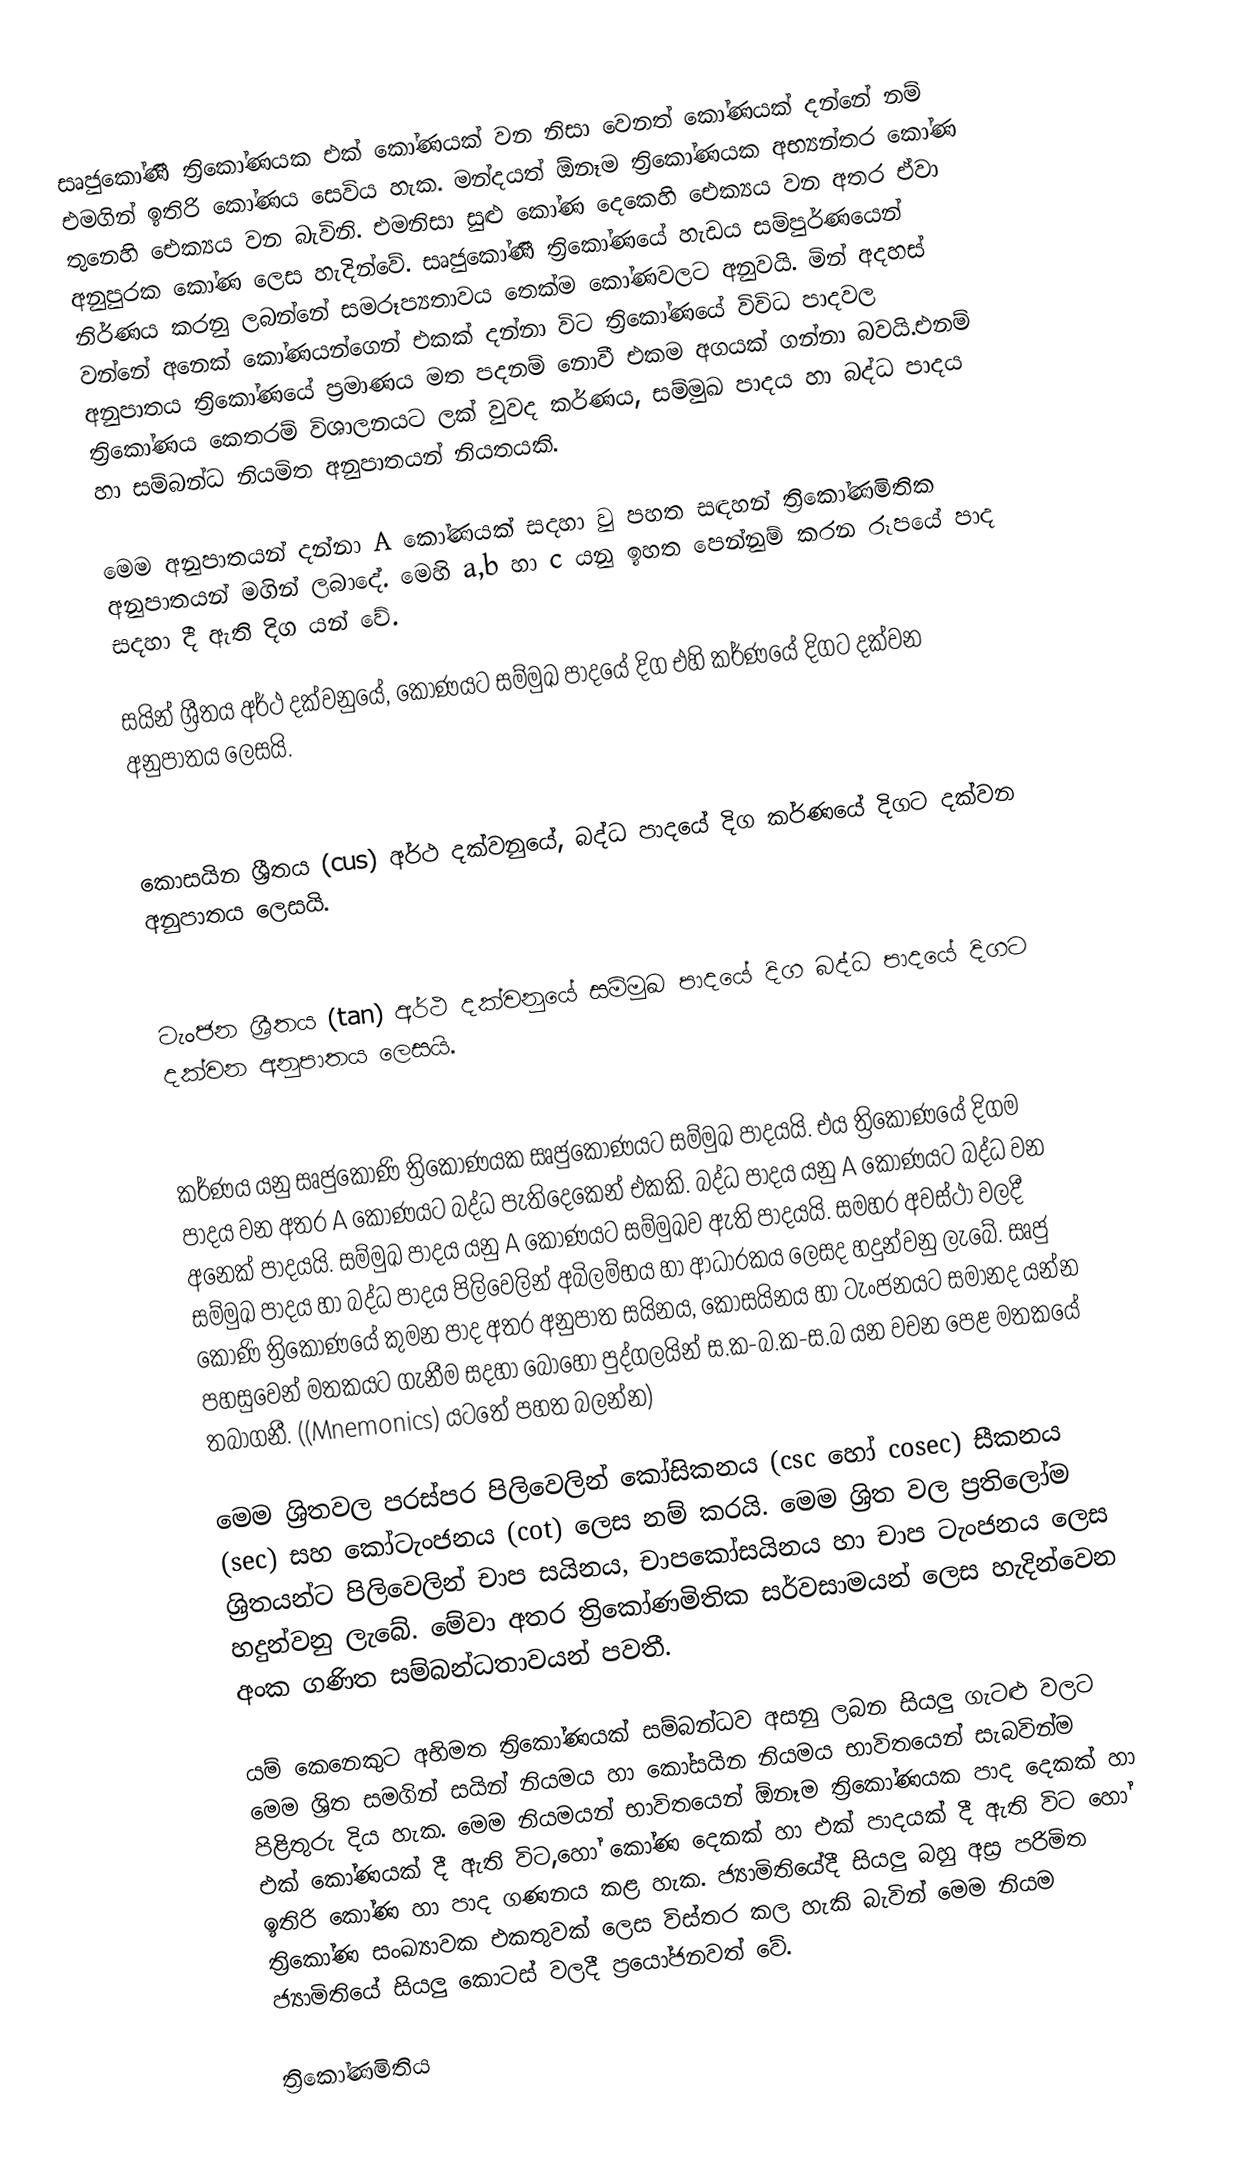
සෘජුකෝණී ත්‍රිකෝණයක එක් කෝණයක්  වන නිසා වෙනත් කෝණයක් දන්නේ නම් එමගින් ඉතිරි කෝණය සෙවිය හැක. මන්දයත් ඕනෑම ත්‍රිකෝණයක අභ්‍යන්තර කෝණ තුනෙහි ඓක්‍යය  වන බැවිනි. එමනිසා සුළු කෝණ දෙකෙහි ඓක්‍යය  වන අතර ඒවා අනුපුරක කෝණ ලෙස හැදින්වේ. සෘජුකෝණී ත්‍රිකෝණයේ හැඩය සම්පුර්ණයෙන් නිර්ණය කරනු ලබන්නේ සමරූප්‍යතාවය තෙක්ම කෝණවලට  අනුවයි. මින් අදහස් වන්නේ අනෙක් කෝණයන්ගෙන් එකක් දන්නා විට ත්‍රිකෝණයේ විවිධ පාදවල අනුපාතය ත්‍රිකෝණයේ ප්‍රමාණය මත පදනම් නොවී එකම අගයක් ගන්නා බවයි.එනම් ත්‍රිකෝණය කෙතරම් විශාලනයට ලක් වුවද කර්ණය, සම්මුඛ පාදය හා බද්ධ පාදය හා සම්බන්ධ නියමිත අනුපාතයන් නියතයකි.

මෙම අනුපාතයන් දන්නා A කෝණයක් සදහා වු පහත සඳහන් ත්‍රිකෝණමිතික අනුපාතයන් මගින් ලබාදේ. මෙහි a,b හා c යනු ඉහත පෙන්නුම් කරන රූපයේ පාද සදහා දී ඇති දිග යන් වේ.

 සයින් ශ්‍රීතය අර්ථ දක්වනුයේ, කෝණයට සම්මුඛ පාදයේ දිග එහි කර්ණයේ දිගට දක්වන අනුපාතය ලෙසයි.

 කොසයින ශ්‍රීතය (cus) අර්ථ දක්වනුයේ, බද්ධ පාදයේ දිග කර්ණයේ දිගට දක්වන අනුපාතය ලෙසයි.

 ටැංජන ශ්‍රීතය (tan) අර්ථ දක්වනුයේ සම්මුඛ පාදයේ දිග බද්ධ පාදයේ දිගට දක්වන අනුපාතය ලෙසයි.

කර්ණය යනු සෘජුකෝණි ත්‍රිකෝණයක සෘජුකෝණයට සම්මුඛ පාදයයි. එය ත්‍රිකෝණයේ දිගම පාදය වන අතර A කෝණයට බද්ධ පැතිදෙකෙන් එකකි. බද්ධ පාදය යනු A කෝණයට බද්ධ වන අනෙක් පාදයයි. සම්මුඛ පාදය යනු A කෝණයට සම්මුඛව ඇති පාදයයි. සමහර අවස්ථා වලදී සම්මුඛ පාදය හා බද්ධ පාදය පිලිවෙලින් අබිලම්භය හා ආධාරකය ලෙසද හදුන්වනු ලැබේ. සෘජු කෝණි ත්‍රිකෝණයේ කුමන පාද අතර අනුපාත සයිනය, කෝසයිනය හා ටැංජනයට සමානද යන්න පහසුවෙන් මතකයට ගැනීම සදහා බොහෝ පුද්ගලයින් ස.ක-බ.ක-ස.බ යන වචන පෙළ මතකයේ තබාගනී. ((Mnemonics) යටතේ පහත බලන්න)

මෙම ශ්‍රිතවල පරස්පර පිලිවෙලින් කෝසිකනය (csc හෝ cosec) සීකනය (sec) සහ කෝටැංජනය (cot) ලෙස නම් කරයි. මෙම ශ්‍රිත වල ප්‍රතිලෝම ශ්‍රිතයන්ට පිලිවෙලින් චාප සයිනය, චාපකෝසයිනය හා චාප ටැංජනය ලෙස හදුන්වනු ලැ‍බේ. මේවා අතර ත්‍රිකෝණමිතික සර්වසාමයන් ලෙස හැදින්වෙන අංක ගණිත සම්බන්ධතාවයන් පවතී.

යම් කෙනෙකුට අභිමත ත්‍රිකෝණයක් සම්බන්ධව අසනු ලබන සියලු ගැටළු වලට මෙම ශ්‍රිත සමගින් සයින් නියමය හා කෝසයින නියමය භාවිතයෙන් සැබවින්ම පිළිතුරු දිය හැක. මෙම නියමයන් භාවිතයෙන් ඕනෑම ත්‍රිකෝණයක පාද දෙකක් හා එක් කෝණයක් දී ඇති විට,හෝ කෝණ දෙකක් හා එක් පාදයක් දී ඇති විට හෝ ඉතිරි කෝණ හා පාද ගණනය කළ හැක. ජ්‍යාමිතියේදී සියලු බහු අස්‍ර පරිමිත ත්‍රිකෝණ සංඛ්‍යාවක එකතුවක් ලෙස විස්තර කල හැකි බැවින් මෙම නියම ජ්‍යාමිතියේ සියලු කොටස් වලදී ප්‍රයෝජනවත් වේ.

ත්‍රිකෝණමිතිය